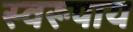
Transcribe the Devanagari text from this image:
स्वरूपाय